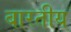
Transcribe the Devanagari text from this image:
बारतीय